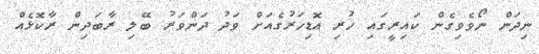
ނިދަން ނޯވެވިގެން ކައިރީގައި ހުރި އޮޑިހަރުގެއަށް ވަދު ދަންވަރު ބޭލި ރާބަދިން ރާކޮޅެއް